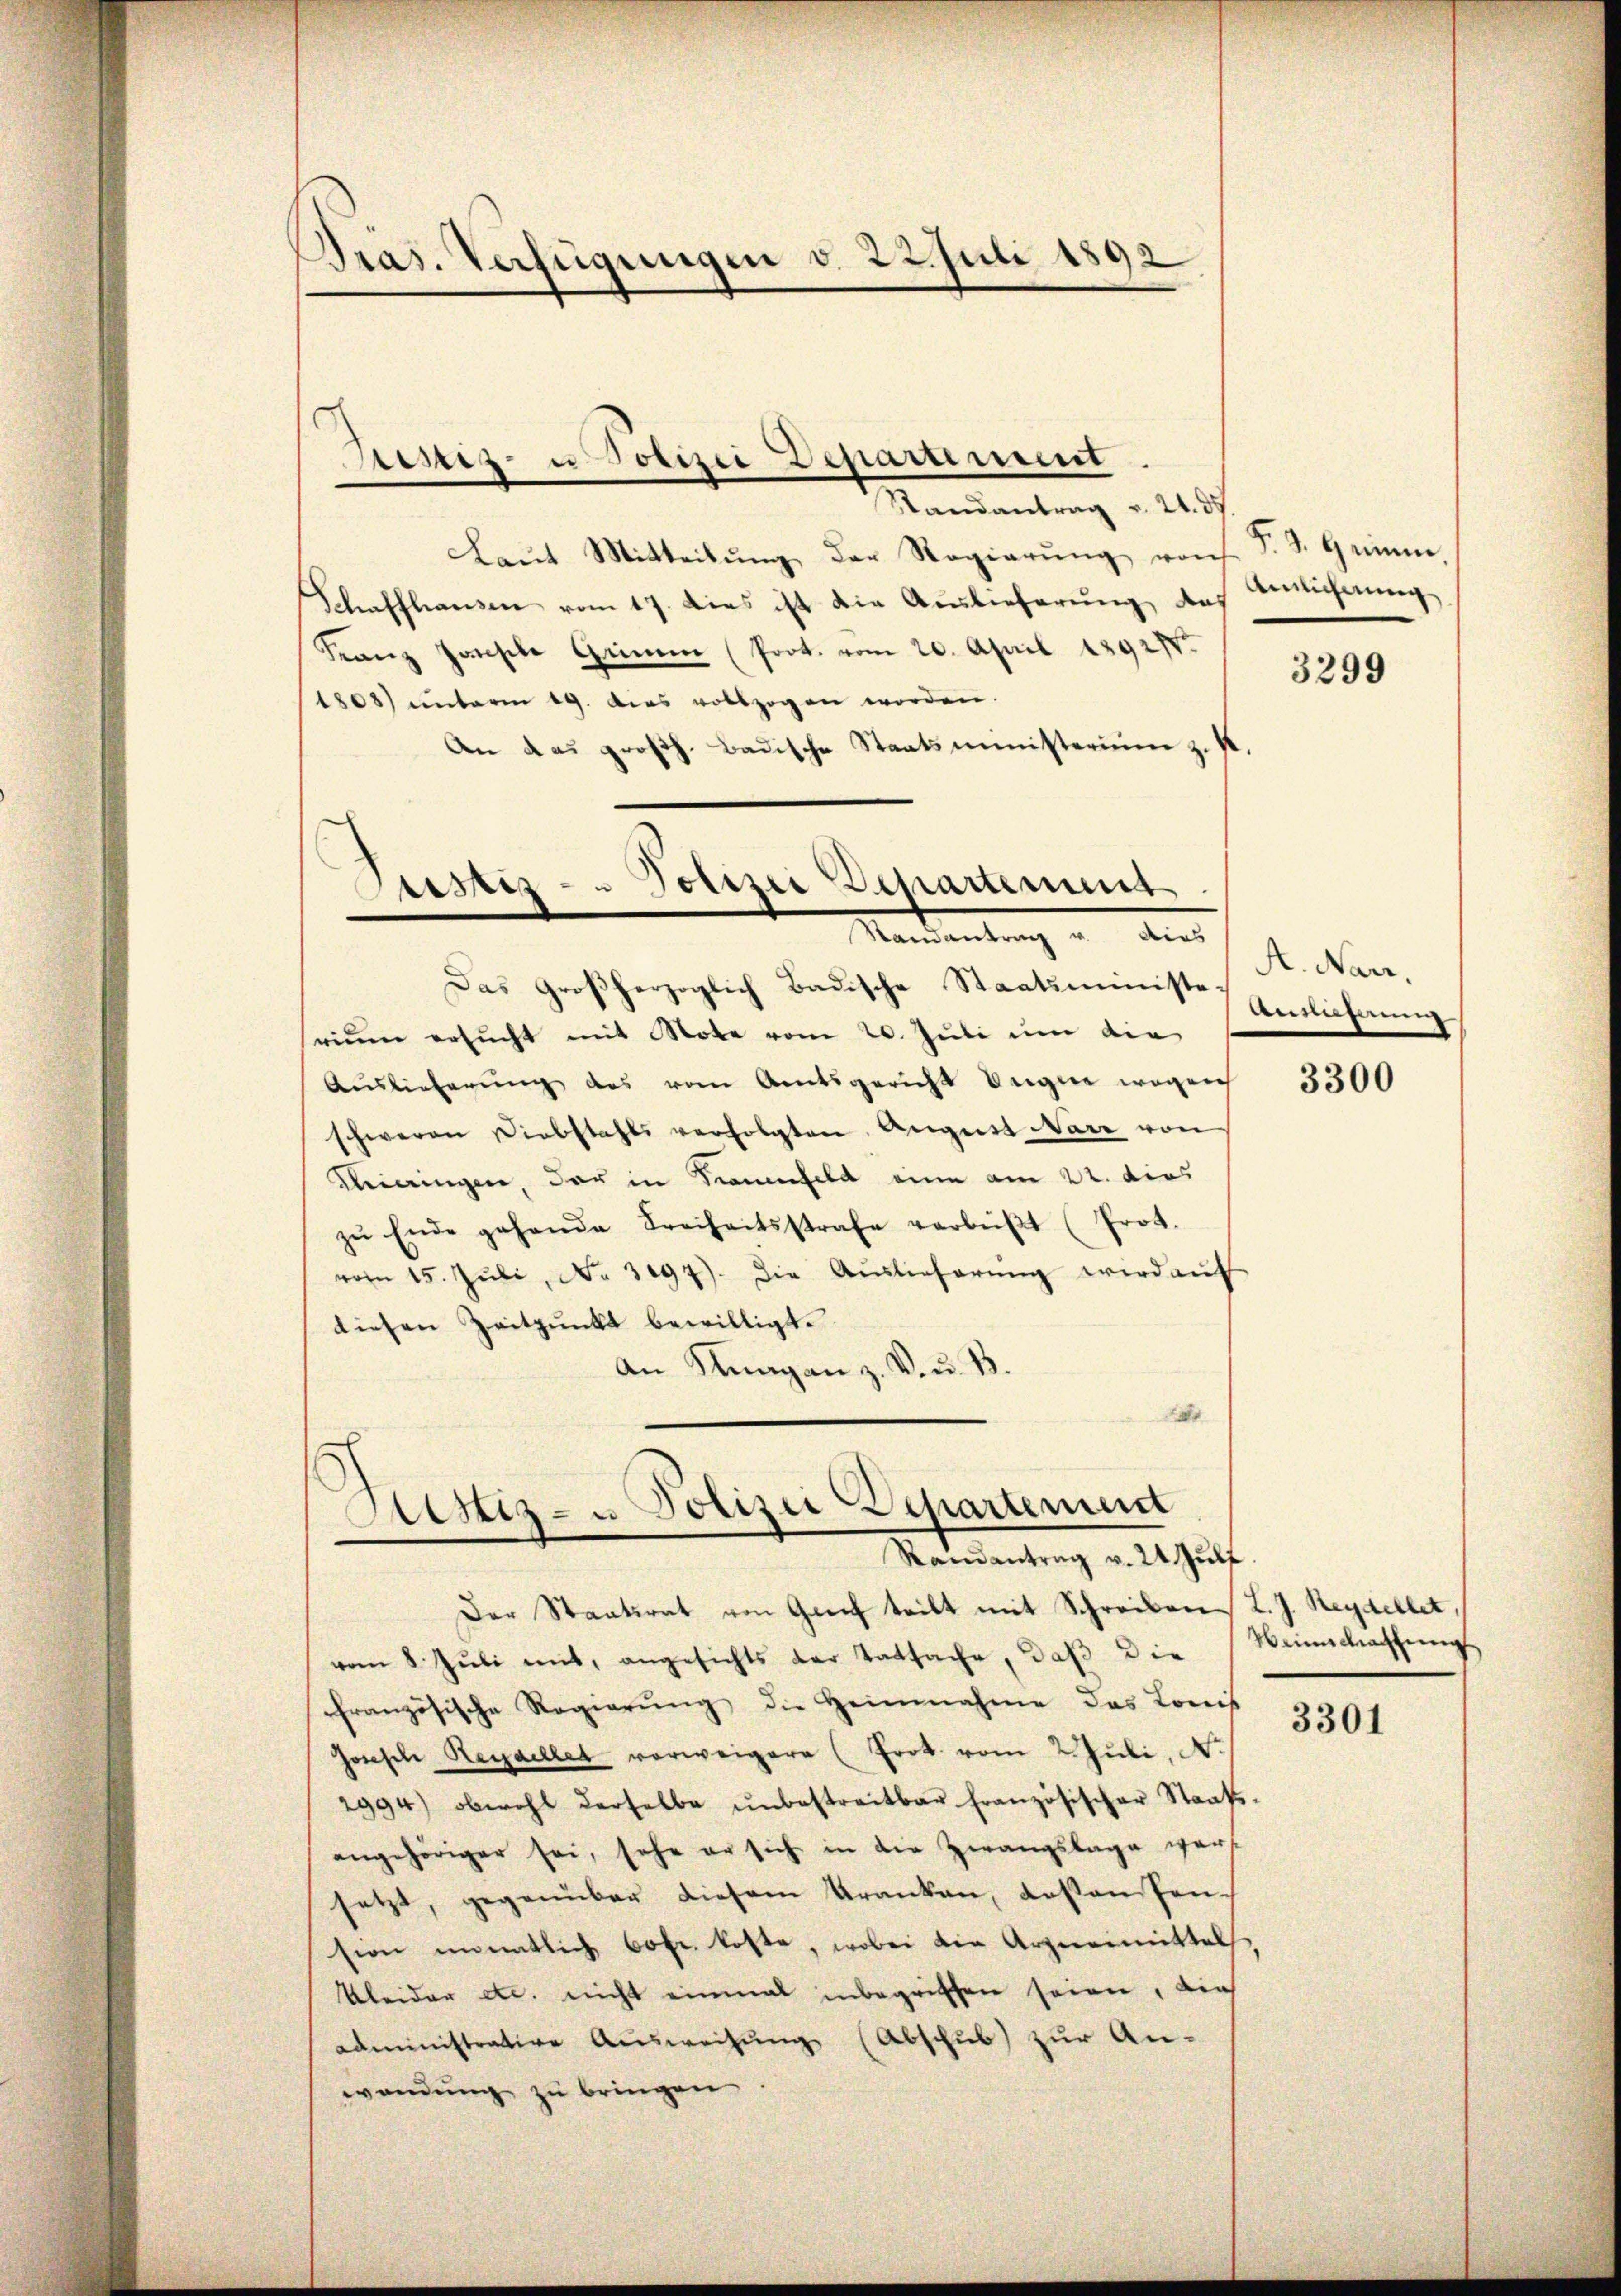
)
Pras. Verfügungen v. 22. Juli 1892

Randantrag v. 24. d.
Laŭt Mitteilŭng der Regierŭng vorh
Schaffhausen vom 17. dies ist die Auslieferung, das
Franz Jansche Grünen (Prot. vom 20. April 18927ten
1808) unterm 19. dies vollzogen worden.
An das großh. Badische Staatsministerium z. K.

Seiz- u Polizei Departement

.
Justiz- & Polizei Departement
Randantrag u. dies

Das Großherzoglich Badische Staatsministeseinen ersucht mit Note vom 20. Juli um die
Auslieferung des vom Amtsgericht Ungere wegen
schweren Diebstahls verfolgten August Narr von
Miringen, der in Trauenfeld eine am 22. dies
zŭ Ende gehende Freiheitsstrafe verbüβt (Prot.
vom 15. Jŭli, No 3097). Die Aŭslieferŭng wird aŭf
diesen Zeitpunkt bewilligt.
An Knagan z. V. u. B.
r

Bestiz- u Polizei Departement
Materdentrag v. 24. Just

Der Staatsrat von Greif teilt mit Schreiben L. J. Reydellet,
vom 8. Jŭli mit, angesichts der Tatsache, daβ die Weinschaffŭng
französische Regierŭng die Heimnahme das Louis
Joseph Heydellet verweigere (Frot vom 2. Juli, N.
2994) obwohl derselbe ŭnbestreitbar französischer Staatsangehöriger sei, sehe er sich in die Zwangslage wersetzt, gegenüber diesem Kranken, deßen Pension unentlich 60fr. koste, wobei die Arzneimittel
Kleider etc. nicht einmal inbegriffen seien, die
administrative Aŭsweisung (Abschub zur An-
wendung zu bringen

§. S. 9 eine
Ainlicherung

3299

A. Narr,
Annährun

3300

3301